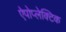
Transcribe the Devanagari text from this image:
ऐपोप्लेक्टिक